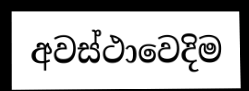
අවස්ථාවෙදිම